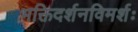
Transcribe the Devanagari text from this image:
भक्तिदर्शनविमर्शः